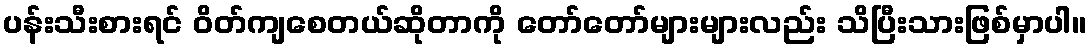
ပန်းသီးစားရင် ဝိတ်ကျစေတယ်ဆိုတာကို တော်တော်များများလည်း သိပြီးသားဖြစ်မှာပါ။